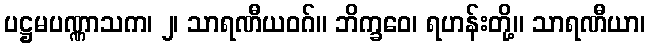
ပဋ္ဌမပဏ္ဏာသက၊ ၂၊ သာရဏီယဝဂ်။ ဘိက္ခဝေ၊ ရဟန်းတို့။ သာရဏီယာ၊